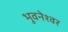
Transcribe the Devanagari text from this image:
भूवनेश्वर